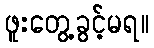
ဖူးတွေ့ခွင့်မရ။